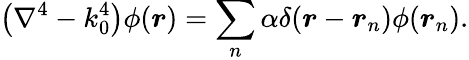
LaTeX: \left(\nabla^{4}-k_{0}^{4}\right)\phi(\boldsymbol{r})=\sum_{n}\alpha\delta(\boldsymbol{r}-\boldsymbol{r}_{n})\phi(\boldsymbol{r}_{n}).